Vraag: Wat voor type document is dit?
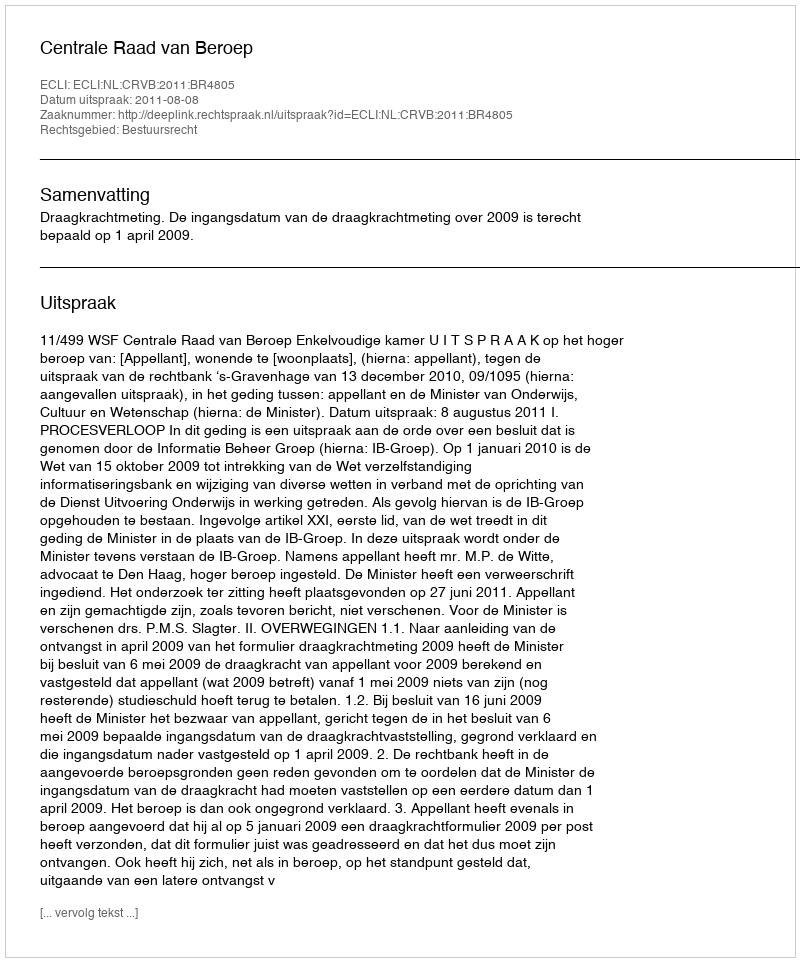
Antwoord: Uitspraak